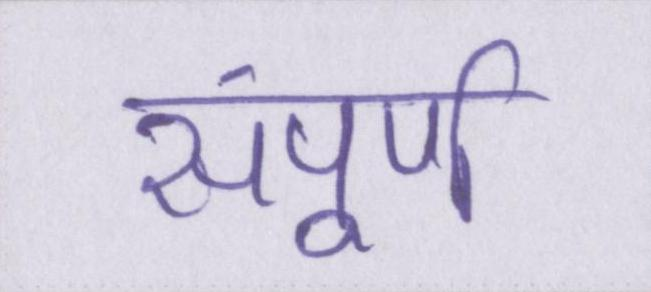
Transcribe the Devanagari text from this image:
संपूर्ण